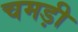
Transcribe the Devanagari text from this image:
चमड़ी